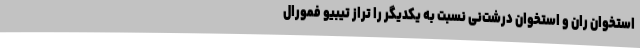
استخوان ران و استخوان درشت‌نی نسبت به یکدیگر را تراز تیبیو فمورال